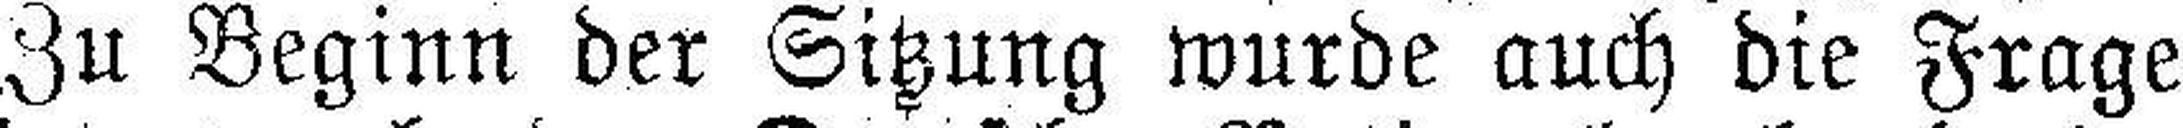
Zu Beginn der Sitzung wurde auch die Frage